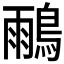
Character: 𪂕